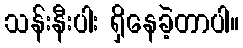
သန်းနီးပါး ရှိနေခဲ့တာပါ။